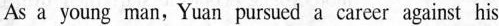
As a young man,Yuan pursued a career against his